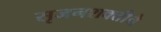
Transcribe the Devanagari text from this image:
सृजनशक्तीचे